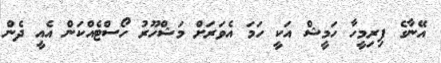
އޭނާގެ ފިރިމީހާ ހަމީޝް އަކީ ހަމަ އެވަރަށް މަޝްހޫރު ހޯސްޓެއްކަން އެއީ ދެން